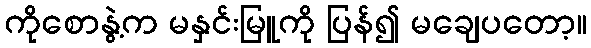
ကိုစောနွဲ့က မနှင်းမြူကို ပြန်၍ မချေပတော့။